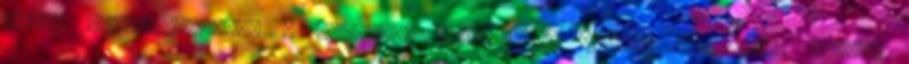
Szava Kalasnyikov.hu A vietnámi háború Új magyar egyenruha család